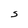
Character: S